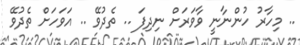
.. މިހާރު ހުންނާނީ ވާވަރަށް ނިދިފަ .. ތެދުވޭ .. އަވަހަށް ތެދުވޭ